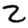
Digit: 2